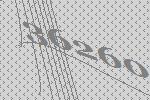
36260